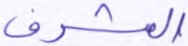
المشرف